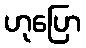
ဟုပြော